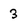
Character: 3